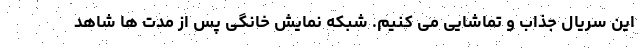
این سریال جذاب و تماشایی می کنیم. شبکه نمایش خانگی پس از مدت ها شاهد